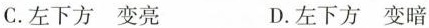
C.左下方 变亮 D.左下方 变暗